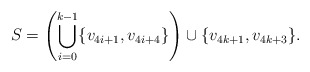
\begin{align*}S = \left( \bigcup_{i=0}^{k-1} \{v_{4i+1},v_{4i+4}\} \right) \cup \{v_{4k+1},v_{4k+3}\}.\end{align*}